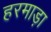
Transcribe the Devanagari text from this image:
हरमाड़ा